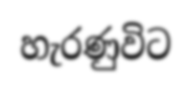
හැරණුවිට